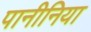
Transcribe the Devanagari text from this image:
पानीनिया